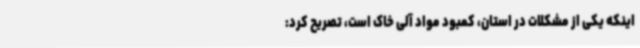
اینکه یکی از مشکلات در استان، کمبود مواد آلی خاک است، تصریح کرد: